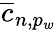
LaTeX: \overline{{c}}_{n,p_{w}}